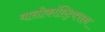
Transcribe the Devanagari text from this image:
वासोकांस्ट्रिक्शन